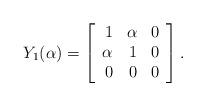
LaTeX: \begin{align*}Y_1 (\alpha) = \left[ \begin{array}{rrr} 1 & \alpha & 0 \\ \alpha & 1 & 0 \\ 0 & 0 & 0 \end{array} \right].\end{align*}